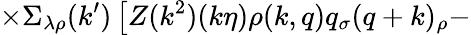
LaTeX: \times\Sigma_{\lambda\rho}(k^{\prime})\left[Z(k^{2})(k\eta)\rho(k,q)q_{\sigma}(q+k)_{\rho}\right.-